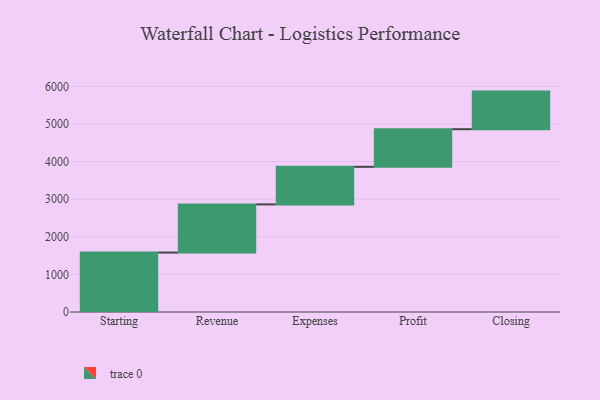
{"axis": {"x": "Step", "y": "Value"}, "legend": [""], "data": [{"x": "Starting", "y": 1581.0, "type": ""}, {"x": "Revenue", "y": 1281.0, "type": ""}, {"x": "Expenses", "y": 1000, "type": ""}, {"x": "Profit", "y": 1000, "type": ""}, {"x": "Closing", "y": 1000, "type": ""}]}